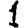
Digit: 1